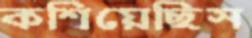
কশিয়েছিস